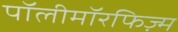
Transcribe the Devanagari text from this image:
पॉलीमॉरफिज़्म